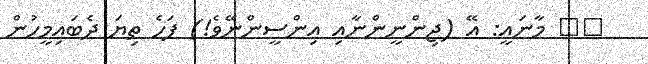
١٣ މާނައީ: އޭ (ޖިންނީންނާއި އިންސީންނޭވެ!) ފަހެ ތިޔަ ދެބައިމީހުން